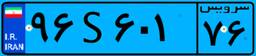
۹۶S۶۰۱۷۶